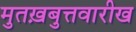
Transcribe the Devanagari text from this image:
मुतख़बुत्तवारीख